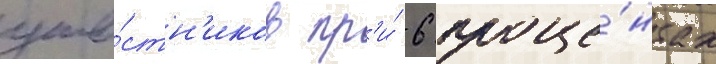
уча́стн'иков пр'и́ 6 проце́нтах